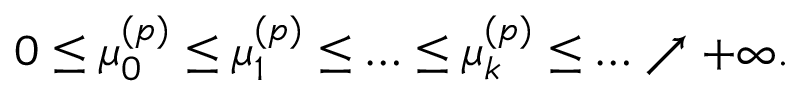
0 \leq \mu _ { 0 } ^ { ( p ) } \leq \mu _ { 1 } ^ { ( p ) } \leq \ldots \leq \mu _ { k } ^ { ( p ) } \leq \ldots \nearrow + \infty .